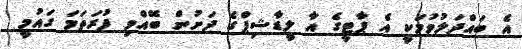
އެ ބައްދަލުވުމަކީ އެ ޕާޓީގެ އާ ލީޑާޝިޕްގެ ދަށުން ބޭއްވި ފުރަތަމަ ގައުމީ